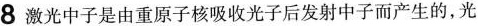
8激光中子是由重原子核吸收光子后发射中子而产生的，光